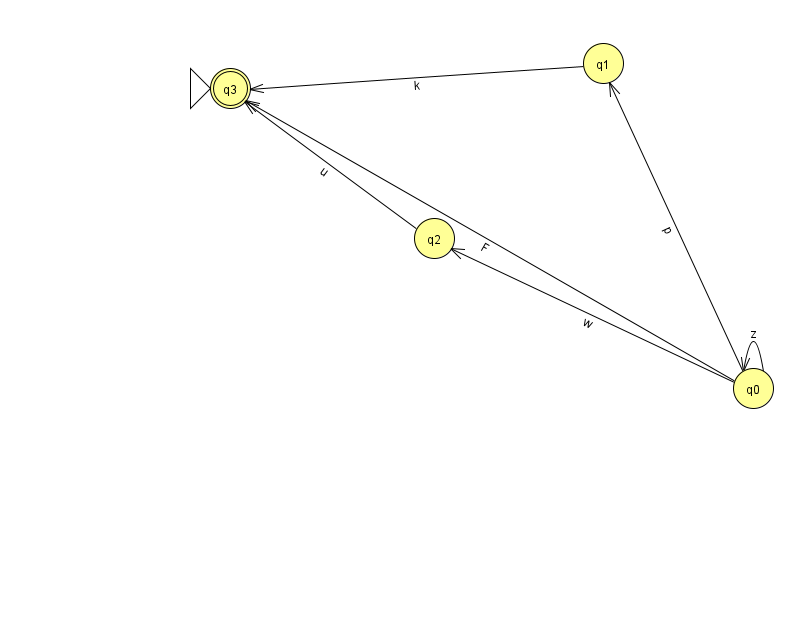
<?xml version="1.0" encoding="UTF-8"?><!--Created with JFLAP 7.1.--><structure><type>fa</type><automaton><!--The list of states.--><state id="0" name="q0"><x>753.0</x><y>375.0</y></state><state id="1" name="q1"><x>603.0</x><y>50.0</y></state><state id="2" name="q2"><x>434.0</x><y>225.0</y></state><state id="3" name="q3"><x>230.0</x><y>75.0</y><initial/><final/></state><!--The list of transitions.--><transition><from>2</from><to>3</to><read>u</read></transition><transition><from>0</from><to>2</to><read>w</read></transition><transition><from>1</from><to>3</to><read>k</read></transition><transition><from>0</from><to>1</to><read>p</read></transition><transition><from>0</from><to>0</to><read>z</read></transition><transition><from>0</from><to>3</to><read>F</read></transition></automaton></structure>